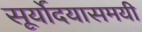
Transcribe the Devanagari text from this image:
सूर्योदयासमयी